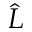
\hat { L }